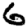
Digit: 6